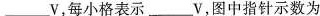
___V，qfgl每小格表示___V，图中指针示数为